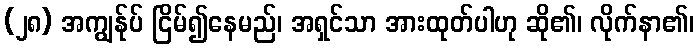
(၂၈) အကျွန်ုပ် ငြိမ်၍နေမည်၊ အရှင်သာ အားထုတ်ပါဟု ဆို၏၊ လိုက်နာ၏၊